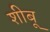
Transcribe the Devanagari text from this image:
शीबू